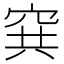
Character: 𥥡